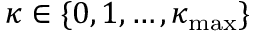
\kappa \in \{ 0 , 1 , \ldots , \kappa _ { \mathrm { m a x } } \}